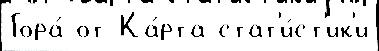
Гора́ от Ка́рта стат'и́ст'ик'и